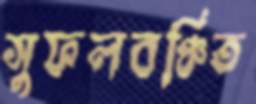
সুফলবঞ্চিত